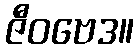
ဇီဝဗေဒ။